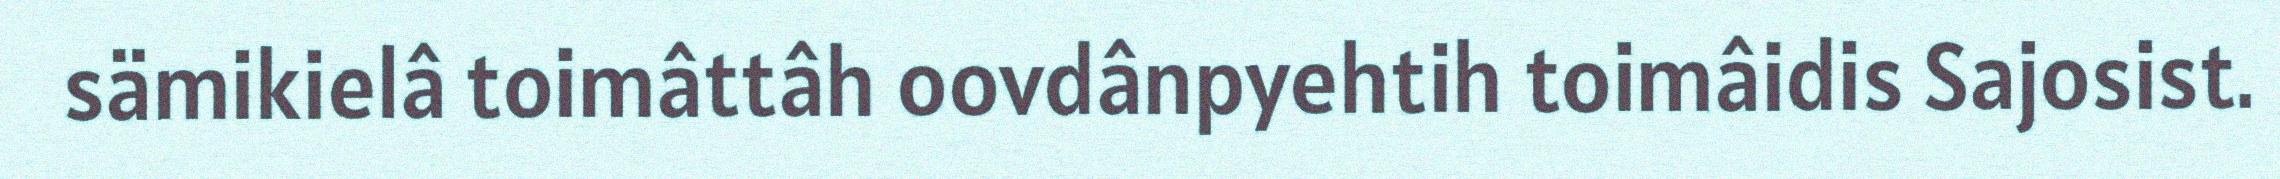
sämikielâ toimâttâh oovdânpyehtih toimâidis Sajosist.